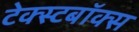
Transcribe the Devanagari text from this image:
टेक्स्टबॉक्स